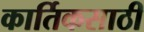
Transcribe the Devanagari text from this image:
कार्तिकसाठी